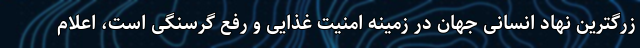
زرگترین نهاد انسانی جهان در زمینه امنیت غذایی و رفع گرسنگی است، اعلام